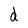
Character: d